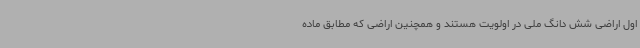
اول اراضی شش دانگ ملی در اولویت هستند و همچنین اراضی که مطابق ماده